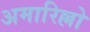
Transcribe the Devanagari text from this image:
अमारिल्लो